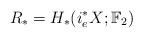
LaTeX: \begin{align*}R_{\ast}=H_\ast(i_e^{\ast} X;\mathbb F_2)\end{align*}